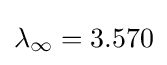
\lambda _{\infty }=3.570